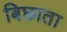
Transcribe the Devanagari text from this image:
बिछाता